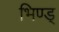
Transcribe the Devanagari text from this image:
भिण्ड्